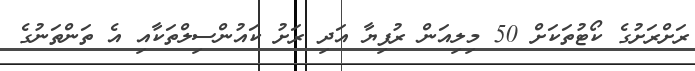
ރަށްރަށުގެ ކޯޓުތަކަށް 50 މިލިއަން ރުފިޔާ އަދި ރަށު ކައުންސިލްތަކާއި އެ ތަންތަނުގެ